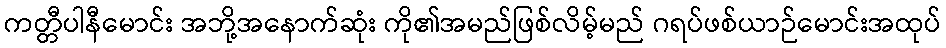
ကတ္တီပါနီမောင်း အဘို့အနောက်ဆုံး ကို၏အမည်ဖြစ်လိမ့်မည် ဂရပ်ဖစ်ယာဉ်မောင်းအထုပ်